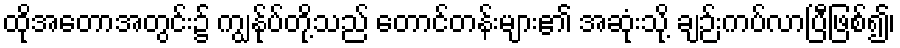
ထိုအတောအတွင်း၌ ကျွန်ုပ်တို့သည် တောင်တန်းများ၏ အဆုံးသို့ ချဉ်းကပ်လာပြီဖြစ်၍၊